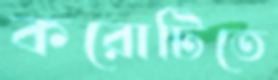
করোটিতে